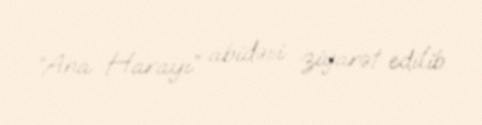
“Ana Harayı” abidəsi ziyarət edilib.